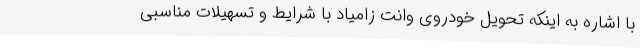
با اشاره به اینکه تحویل خودروی وانت زامیاد با شرایط و تسهیلات مناسبی